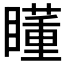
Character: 𥋾